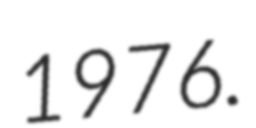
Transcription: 1976.